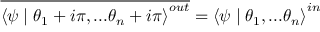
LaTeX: \overline { { { \left\langle \psi \mid \theta _ { 1 } + i \pi , . . . \theta _ { n } + i \pi \right\rangle ^ { o u t } } } } = \left\langle \psi \mid \theta _ { 1 } , . . . \theta _ { n } \right\rangle ^ { i n }